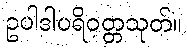
ဥပါဒါပရိဝတ္တသုတ်။